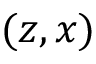
( z , x )